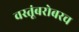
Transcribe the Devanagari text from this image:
वस्तूंबरोबरच